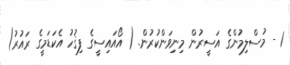
1 - މުސްލިމުންގެ އަސީރުން މިނިވަންކުރުން. ( އޯއައިސީގެ ފިޤުހު އެކަޑަމީގެ ރައުރު)